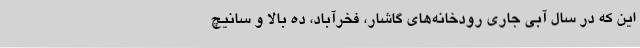
این که در سال آبی جاری رودخانه‌های گاشار، فخرآباد، ده بالا و سانیچ